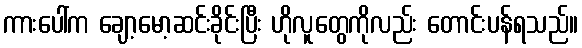
ကားပေါ်က ချော့မော့ဆင်းခိုင်းပြီး ဟိုလူတွေကိုလည်း တောင်းပန်ရသည်။